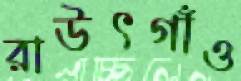
রাউৎগাঁও